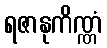
ရဇာနုကိဏ္ဏံ